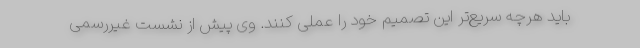
باید هرچه سریع‌تر این تصمیم خود را عملی کنند. وی پیش از نشست غیررسمی